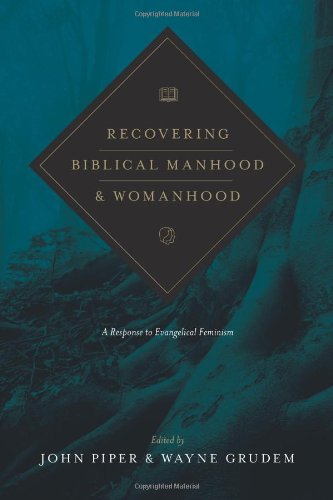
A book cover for Recovering Biblical Manhood and Womanhood (Redesign): A Response to Evangelical Feminism; Religion & Spirituality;